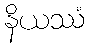
နိယဿံ